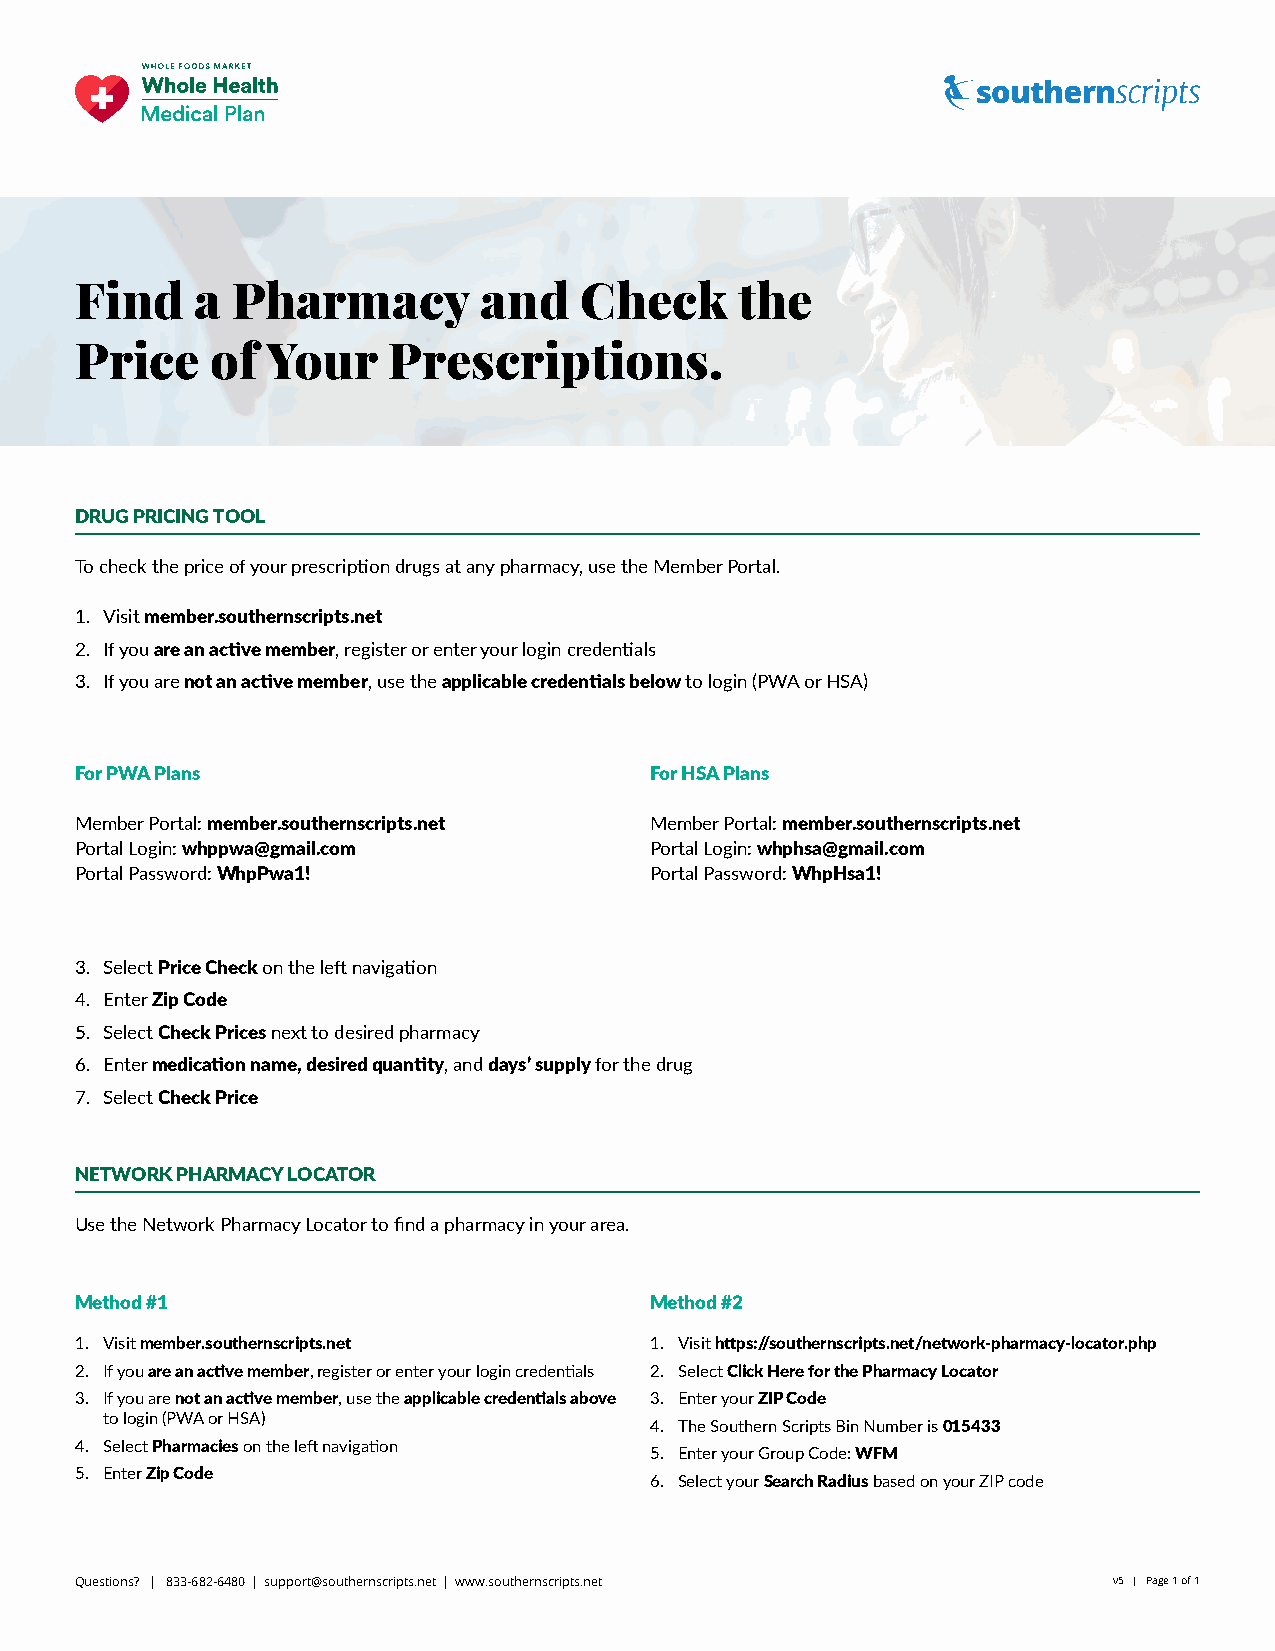
Find    a Pharmacy         and   Check      the
 Price    of  Your    Prescriptions.
 DRUG PRICING TOOL
 To check the price of your prescription drugs at any pharmacy, use the Member Portal.
 1. Visit member.southernscripts.net
 2. If you are an active member, register or enter your login credentials
 3. If you are not an active member, use the applicable credentials below to login (PWA or HSA)
 For PWA Plans                         For HSA Plans
 Member Portal: member.southernscripts.net Member Portal: member.southernscripts.net
 Portal Login: whppwa@gmail.com        Portal Login: whphsa@gmail.com
 Portal Password: WhpPwa1!             Portal Password: WhpHsa1!
 3. Select Price Check on the left navigation
 4. Enter Zip Code
 5. Select Check Prices next to desired pharmacy
 6. Enter medication name, desired quantity, and days’ supply for the drug
 7. Select Check Price
 NETWORK PHARMACY LOCATOR
 Use the Network Pharmacy Locator to find a pharmacy in your area.
 Method #1                             Method #2
 1. Visit member.southernscripts.net   1. Visit https://southernscripts.net/network-pharmacy-locator.php
 2. If you are an active member, register or enter your login credentials 2. Select Click Here for the Pharmacy Locator
 3. If you are not an active member, use the applicable credentials above 3. Enter your ZIP Code
 to login (PWA or HSA)
 4. The Southern Scripts Bin Number is 015433
 4. Select Pharmacies on the left navigation
 5. Enter your Group Code: WFM
 5. Enter Zip Code
 6. Select your Search Radius based on your ZIP code
 Questions? | 833-682-6480 | support@southernscripts.net | www.southernscripts.net v5 | Page 1 of 1